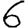
Digit: 6